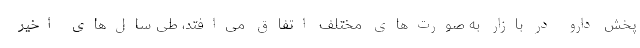
پخش دارو در بازار به صورت‌های مختلف اتفاق می‌افتد، طی سال‌های اخیر